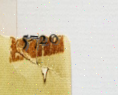
5720